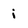
Character: i